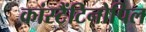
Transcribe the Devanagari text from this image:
कांस्टैंटिनोपिल